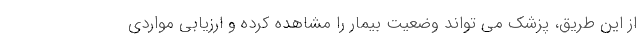
از این طریق، پزشک می تواند وضعیت بیمار را مشاهده کرده و ارزیابی مواردی